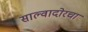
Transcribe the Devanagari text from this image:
साल्वादोरचा